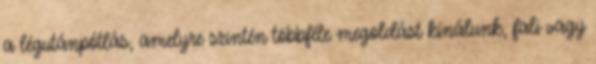
a légutánpótlás, amelyre szintén többféle megoldást kínálunk, fali vagy